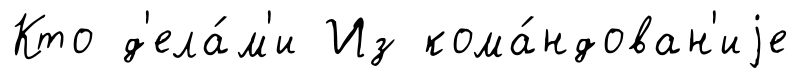
Кто д'ела́м'и Из кома́ндован'иjе